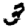
Digit: 3